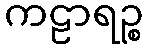
ကဠာရဉ္စ